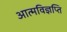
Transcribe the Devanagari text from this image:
आत्मविज्ञप्ति